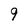
Character: 9